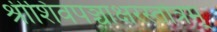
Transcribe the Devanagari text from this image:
श्रीशिवपञ्चाक्षरस्तोत्रम्